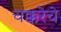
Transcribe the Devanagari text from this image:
चक्करेचे